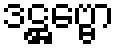
ဒဋ္ဌဗ္ဗော